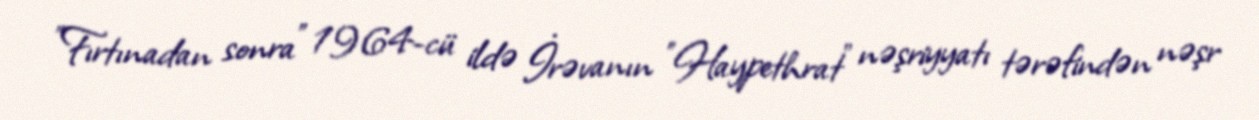
"Fırtınadan sonra" 1964-cü ildə İrəvanın "Haypethrat" nəşriyyatı tərəfindən nəşr